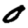
Digit: 0